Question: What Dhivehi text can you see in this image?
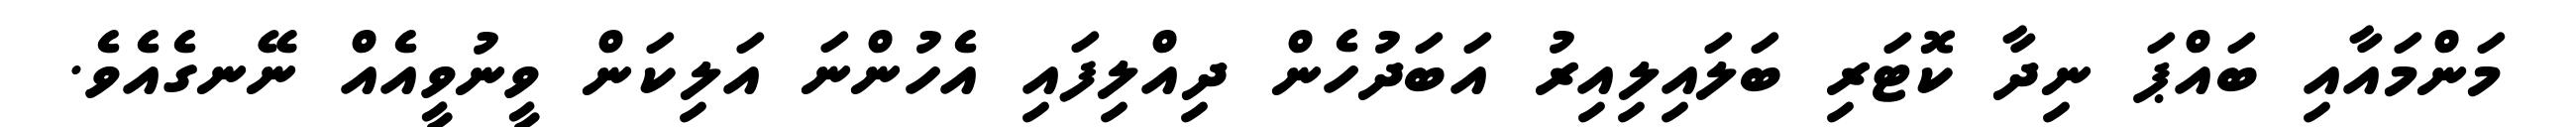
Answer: މަންމައާއި ބައްޕަ ނިދާ ކޮޓަރި ބަލައިލިއިރު އަބަދުހެން ދިއްލިފައި އެހުންނަ އަލިކަން ވީނުވީއެއް ނޭނގެއެވެ.